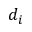
d _ { i }